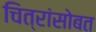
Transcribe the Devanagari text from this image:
चित्रांसोबत